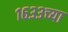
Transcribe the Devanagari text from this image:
१६३३च्या